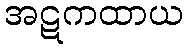
အဋကထာယ